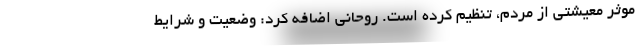
موثر معیشتی از مردم، تنظیم کرده است. روحانی اضافه کرد: وضعیت و شرایط